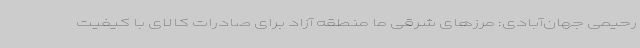
رحیمی جهان‌آبادی: مرزهای شرقی ما منطقه آزاد برای صادرات کالای با کیفیت